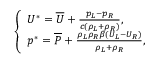
\left\{ \begin{array} { l l } { U ^ { * } = \overline { { U } } + \frac { p _ { L } - p _ { R } } { c ( \rho _ { L } + \rho _ { R } ) } , } \\ { p ^ { * } = \overline { { P } } + \frac { \rho _ { L } \rho _ { R } \beta ( U _ { L } - U _ { R } ) } { \rho _ { L } + \rho _ { R } } , } \end{array} \right.